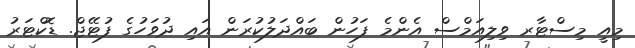
މިއީ މިސްޓާރ ވިލިއަމްސް އެންމެ ފަހުން ބައްދަލުކުރަން އައި ދުވަހުގެ ފުޓޭޖް. ޑޮކްޓަރު